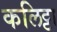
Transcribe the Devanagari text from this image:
कलिट्टा